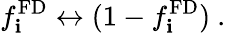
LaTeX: f_{\mathbf{i}}^{\mathrm{{FD}}}\leftrightarrow(1-f_{\mathbf{i}}^{\mathrm{{FD}}})~.